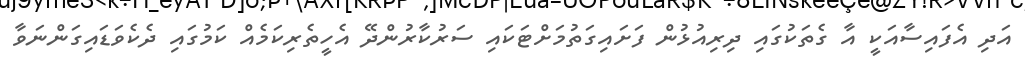
އަދި އެފައިސާއަކީ އާ ގެތަކުގައި ދިިރިއުޅުން ފަށައިގަތުމަށްޓަކައި ސަރުކާރުންދޭ އެހީތެރިކަމެއް ކަމުގައި ދެކެވަޑައިގަންނަވާ